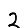
Digit: 2